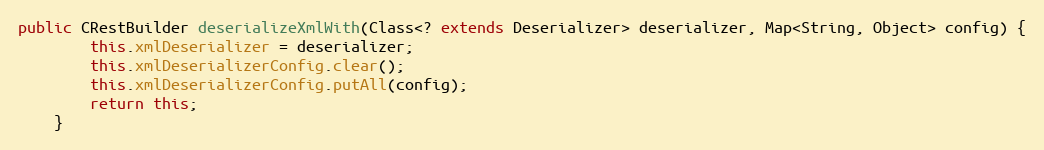
Language: Java
public CRestBuilder deserializeXmlWith(Class<? extends Deserializer> deserializer, Map<String, Object> config) {
        this.xmlDeserializer = deserializer;
        this.xmlDeserializerConfig.clear();
        this.xmlDeserializerConfig.putAll(config);
        return this;
    }